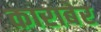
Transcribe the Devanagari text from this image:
काराबेर